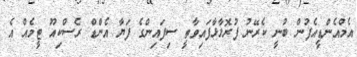
އެމްއެންޑީއެފުން ބުނީ ކެރޭނު ފުރޮޅާޅާފައިވާތީ ސިފައިންގެ ފަޔާ އެންޑް ރެސްކިއޫ ޓީމެއް އެ